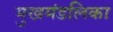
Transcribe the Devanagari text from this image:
मुखमंडलिका